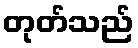
တုတ်သည်